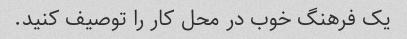
یک فرهنگ خوب در محل کار را توصیف کنید.